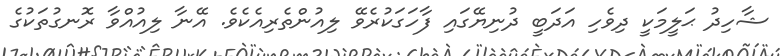
ޝާހިދު ޙަލީމަކީ ދިވެހި އަދަބީ ދުނިޔޭގައި ފާހަގަކުރެވޭ ލިއުންތެރިއެކެވެ. އޭނާ ލިއުއްވާ ރޮނގުތަކުގެ